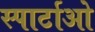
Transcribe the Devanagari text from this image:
स्पार्टाओ